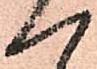
一